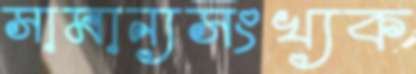
সামান্যসংখ্যক